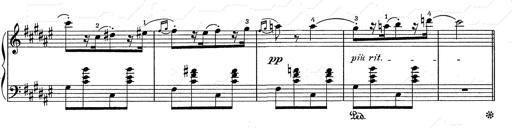
Title: Hungarian Rhapsody No.2
Composer: Franz Liszt
Key: C-sharp minor